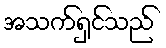
အသက်ရှင်သည်